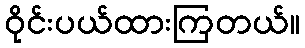
ဝိုင်းပယ်ထားကြတယ်။